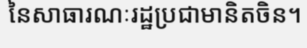
នៃសាធារណៈរដ្ឋប្រជាមានិតចិន។